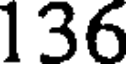
136